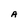
Character: A